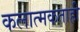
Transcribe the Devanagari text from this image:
कलात्मकताही